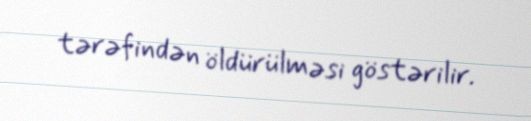
tərəfindən öldürülməsi göstərilir.